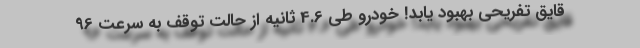
قایق تفریحی بهبود یابد! خودرو طی 4.6 ثانیه از حالت توقف به سرعت 96